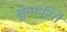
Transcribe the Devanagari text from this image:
श्वेतहस्ति